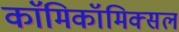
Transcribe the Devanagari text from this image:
काॅमिकॉमिक्सल